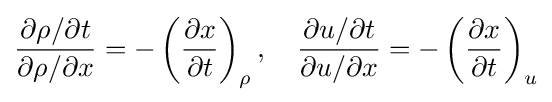
{\frac {\partial \rho /\partial t}{\partial \rho /\partial x}}=-\left({\frac {\partial x}{\partial t}}\right)_{\rho },\quad {\frac {\partial u/\partial t}{\partial u/\partial x}}=-\left({\frac {\partial x}{\partial t}}\right)_{u}